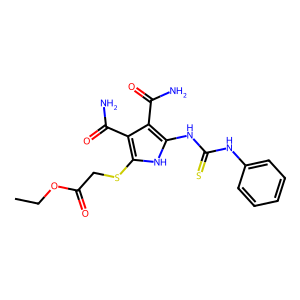
SMILES: CCOC(=O)CSc1[nH]c(NC(=S)Nc2ccccc2)c(C(N)=O)c1C(N)=O
Inhibits HIV replication: No